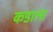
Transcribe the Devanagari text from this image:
कडाला